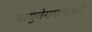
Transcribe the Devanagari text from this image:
वायुवेगमापकों